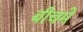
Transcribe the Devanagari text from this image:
बीचमे